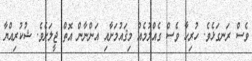
ވެސް ރަނގަޅެވެ. ހުރިހާ ވެސް ގެއްލުމެއް މިޤައުމަށާއި އަންނާން އޮތް ޖީލަށެވެ. ޝުކުރިއްޔާ